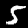
Digit: 5